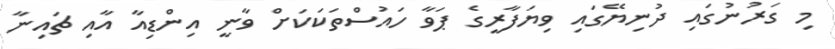
މި ގަރުނުގައި ދުނިޔޭގައި ވިޔަފާރީގެ ޕަވާ ހައުސްތަކަކަށް ވާނީ އިންޑިއާ އާއި ޗައިނާ